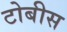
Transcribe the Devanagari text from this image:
टोबीस